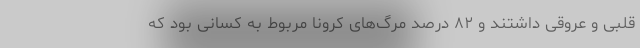
قلبی و عروقی داشتند و ۸۲ درصد مرگ‌های کرونا مربوط به کسانی بود که